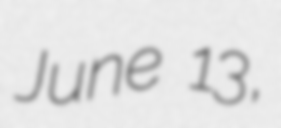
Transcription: June 13,